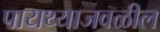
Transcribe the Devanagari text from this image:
पायथ्याजवळील